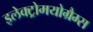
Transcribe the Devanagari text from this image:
इलेक्ट्रोमयोग्रैम्स